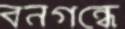
বনগন্ধে